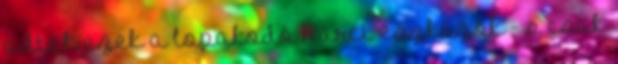
adtak ezek a lopakodó harci eszközök - s csak